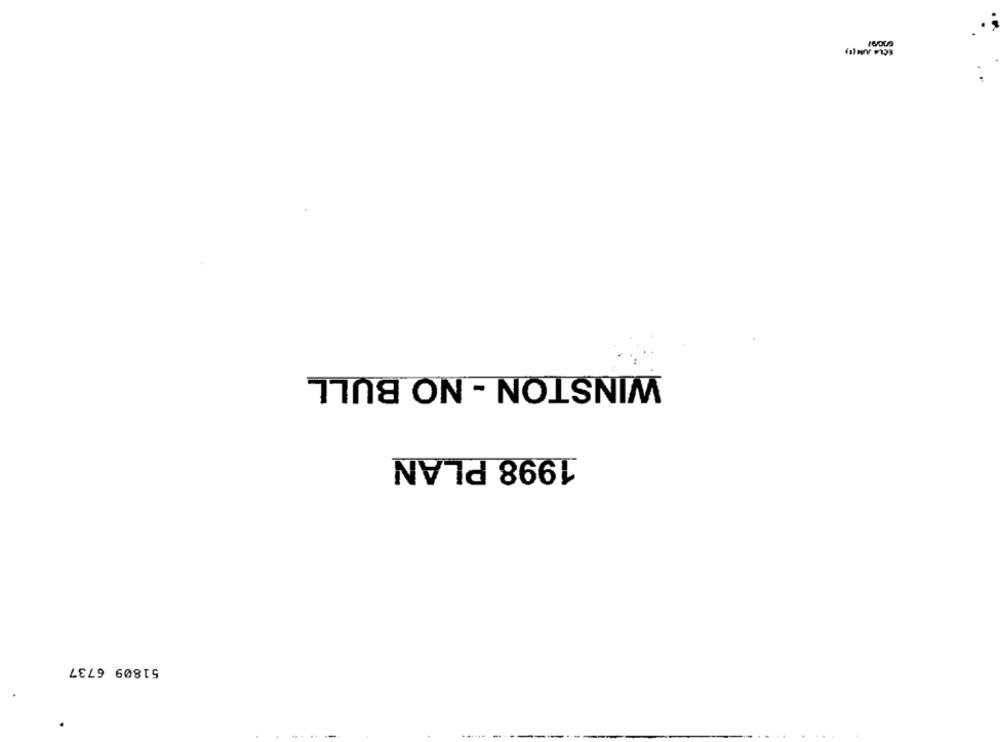
ECLA JUN (1)
WINSTON - NO BULL
1998 PLAN
51809 6737